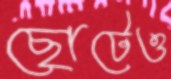
ছোটেও